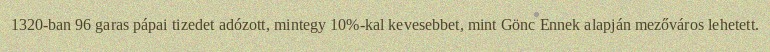
1320-ban 96 garas pápai tizedet adózott, mintegy 10%-kal kevesebbet, mint Gönc Ennek alapján mezőváros lehetett.